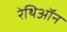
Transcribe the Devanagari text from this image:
रेथिऑन